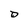
Character: D